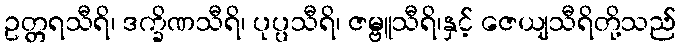
ဥတ္တရသီရိ၊ ဒက္ခိဏသီရိ၊ ပုပ္ပသီရိ၊ ဇမ္ဗူသီရိ၊နှင့် ဇေယျသီရိတို့သည်